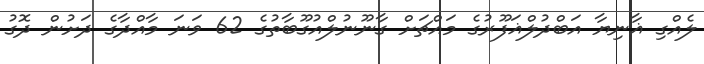
ލެއްގި ޣާނިޔާ އަބްދުލްޣަފޫރުގެ މައްޗަށް ގާނޫނުލްއުގޫބާތުގެ 62 ވަނަ މާއްދާގެ ދަށުން ދޮގު